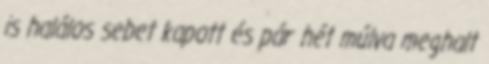
is halálos sebet kapott és pár hét múlva meghalt